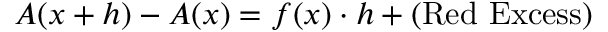
A ( x + h ) - A ( x ) = f ( x ) \cdot h + ( { \mathrm { R e d ~ E x c e s s } } )